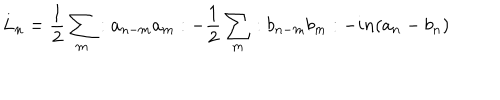
LaTeX: L _ { n } = { \frac 1 2 } \sum _ { m } : a _ { n - m } a _ { m } : - { \frac 1 2 } \sum _ { m } : b _ { n - m } b _ { m } : - i n ( a _ { n } - b _ { n } )